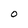
Character: 0